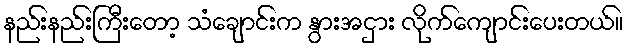
နည်းနည်းကြီးတော့ သံချောင်းက နွားအငှား လိုက်ကျောင်းပေးတယ်။